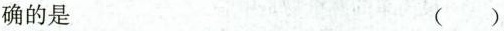
确的是 ( )